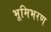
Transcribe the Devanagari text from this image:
भूमिभरण